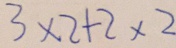
3 \times 2 + 2 \times 2